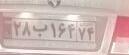
۲۸ب۱۶۴۷۴